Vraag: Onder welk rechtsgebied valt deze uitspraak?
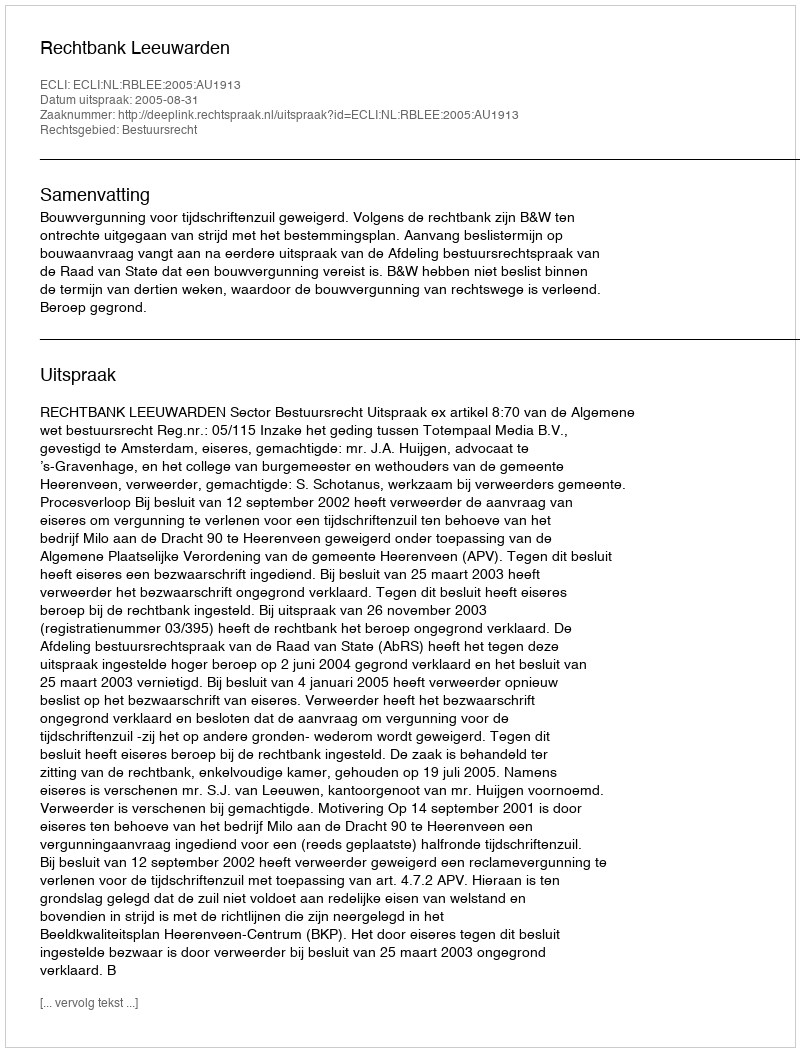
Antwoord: Bestuursrecht